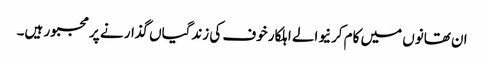
ان تھانوں میں کام کرنیوالے اہلکار خوف کی زندگیاں گذار نے پر مجبور ہیں۔